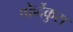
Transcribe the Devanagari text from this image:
प्फेर्देकुस